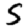
Digit: 5